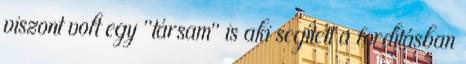
viszont volt egy "társam" is aki segített a fordításban